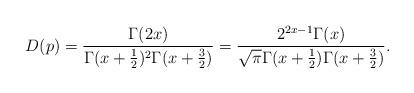
LaTeX: \begin{align*}D(p) = \frac{\Gamma(2x)}{\Gamma(x+\frac12)^2\Gamma(x+\frac32)} = \frac{2^{2x-1}\Gamma(x)}{\sqrt{\pi}\Gamma(x+\frac{1}{2})\Gamma(x+\frac{3}{2})}.\end{align*}